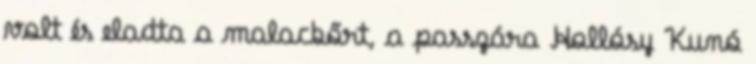
volt és eladta a malacbőrt, a passzára Hollósy Kunó